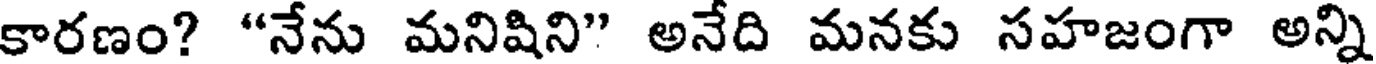
కారణం? "నేను మనిషిని" అనేది మనకు సహజంగా అన్ని